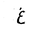
Letter: _gayn